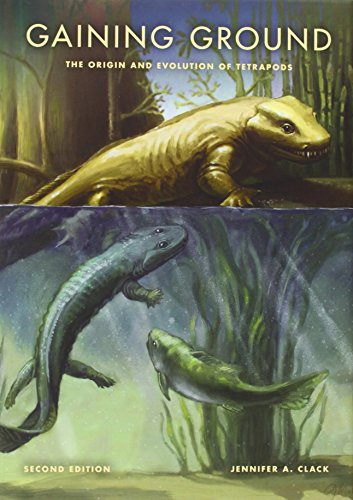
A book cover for Gaining Ground, Second Edition: The Origin and Evolution of Tetrapods (Life of the Past); Jennifer A. Clack; Science & Math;